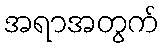
အရာအတွက်